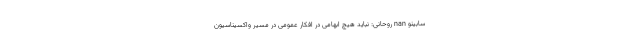
سابینو nan روحانی: نباید هیچ ابهامی در افکار عمومی در مسیر واکسیناسیون